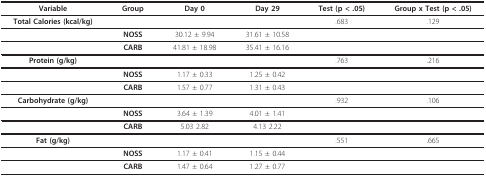
<table><thead><tr><td><b>Variable</b></td><td><b>Group</b></td><td><b>Day 0</b></td><td><b>Day 29</b></td><td><b>Test (p &lt; .05)</b></td><td><b>Group x Test (p &lt; .05)</b></td></tr></thead><tbody><tr><td><b>Total Calories (kcal/kg)</b></td><td></td><td></td><td></td><td>.683</td><td>.129</td></tr><tr><td></td><td><b>NOSS</b></td><td>30.12 ± 9.94</td><td>31.61 ± 10.58</td><td></td><td></td></tr><tr><td></td><td><b>CARB</b></td><td>41.81 ± 18.98</td><td>35.41 ± 16.16</td><td></td><td></td></tr><tr><td><b>Protein (g/kg)</b></td><td></td><td></td><td></td><td>.763</td><td>.216</td></tr><tr><td></td><td><b>NOSS</b></td><td>1.17 ± 0.33</td><td>1.25 ± 0.42</td><td></td><td></td></tr><tr><td></td><td><b>CARB</b></td><td>1.57 ± 0.77</td><td>1.31 ± 0.43</td><td></td><td></td></tr><tr><td><b>Carbohydrate (g/kg)</b></td><td></td><td></td><td></td><td>.932</td><td>.106</td></tr><tr><td></td><td><b>NOSS</b></td><td>3.64 ± 1.39</td><td>4.01 ± 1.41</td><td></td><td></td></tr><tr><td></td><td><b>CARB</b></td><td>5.03 2.82</td><td>4.13 2.22</td><td></td><td></td></tr><tr><td><b>Fat (g/kg)</b></td><td></td><td></td><td></td><td>.551</td><td>.665</td></tr><tr><td></td><td><b>NOSS</b></td><td>1.17 ± 0.41</td><td>1.15 ± 0.44</td><td></td><td></td></tr><tr><td></td><td><b>CARB</b></td><td>1.47 ± 0.64</td><td>1.27 ± 0.77</td><td></td><td></td></tr></tbody></table>